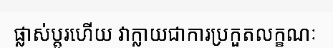
ផ្លាស់ប្តូរហើយ វាក្លាយជាការប្រកួតលក្ខណៈ